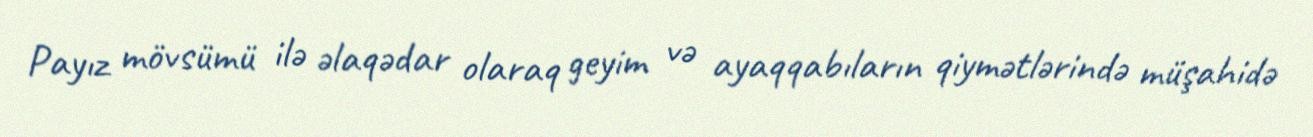
Payız mövsümü ilə əlaqədar olaraq geyim və ayaqqabıların qiymətlərində müşahidə